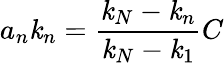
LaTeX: a_{n}\mathit{k}_{n}=\frac{{\mathit{k}_{N}-\mathit{k}_{n}}}{{\mathit{k}_{N}-\mathit{k}_{1}}}C